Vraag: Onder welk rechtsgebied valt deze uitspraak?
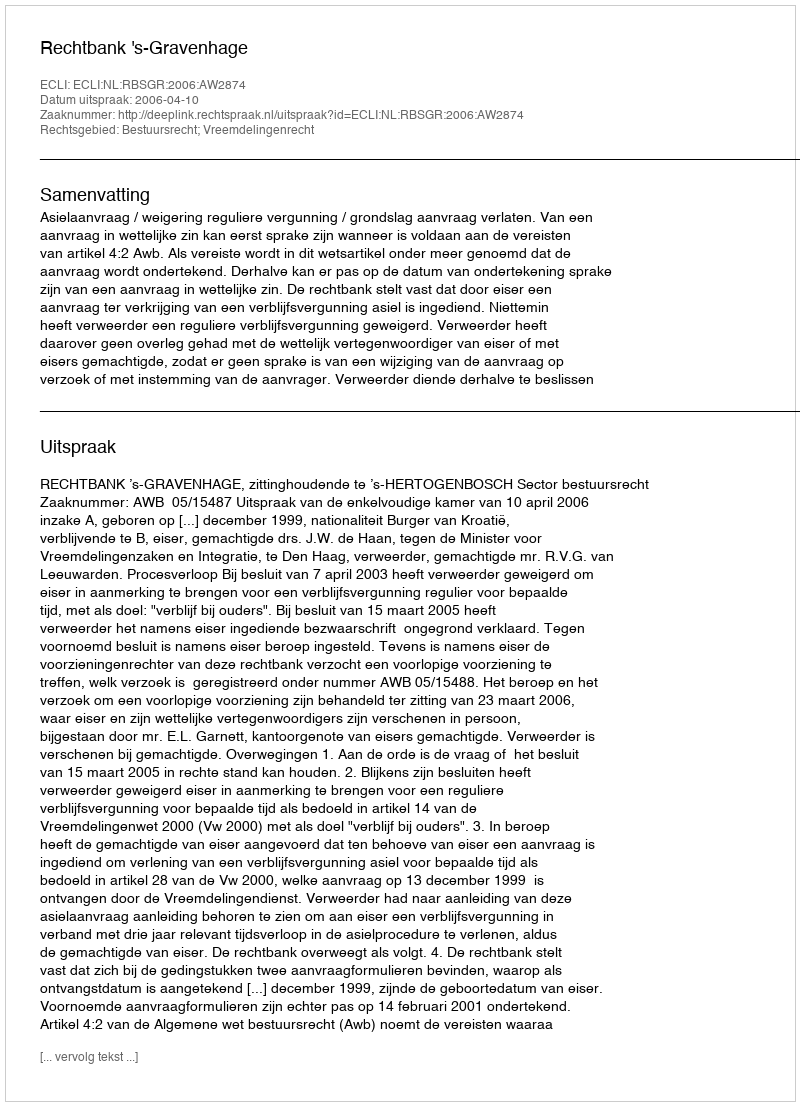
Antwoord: Bestuursrecht; Vreemdelingenrecht